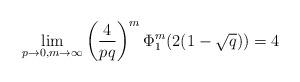
LaTeX: \begin{align*}\lim_{p \to 0,m \to \infty} \left(\frac{4}{pq}\right)^{m}\Phi_{1}^{m}(2(1-\sqrt{q}))= 4\end{align*}